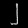
Digit: ၂